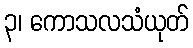
၃၊ ကောသလသံယုတ်